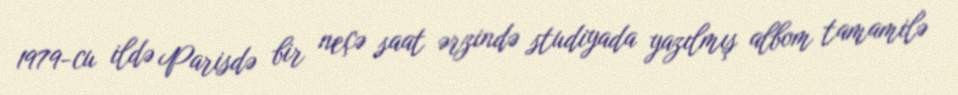
1979-cu ildə Parisdə bir neçə saat ərzində studiyada yazılmış albom tamamilə